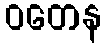
ဝတေန